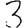
Digit: 3